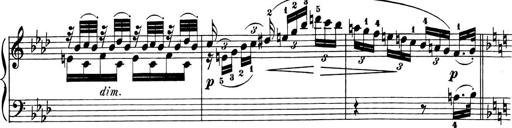
Title: 6 Piano Sonatinas
Composer: Cornelius Gurlitt